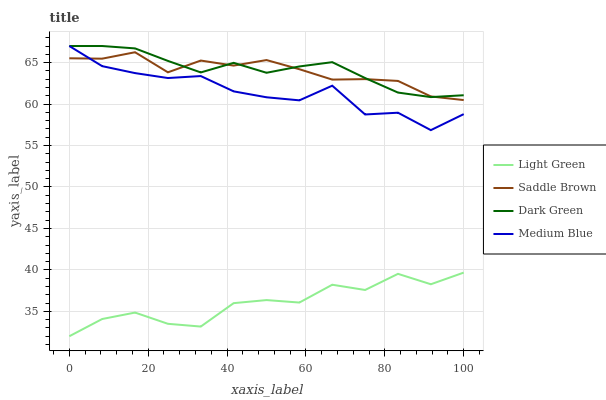
| xaxis_label | Light Green | Saddle Brown | Dark Green | Medium Blue |
 | --- | --- | --- | --- | --- |
 | 0 | 32 | 65.5 | 67 | 67 |
 | 8.33 | 34.1 | 65.5 | 67 | 64.6 |
 | 16.7 | 34.9 | 66.2 | 66.7 | 63.7 |
 | 25 | 33.5 | 63.8 | 65.2 | 63.1 |
 | 33.3 | 33.2 | 65.2 | 63.8 | 63.4 |
 | 41.7 | 36 | 64.6 | 65 | 61.5 |
 | 50 | 36.4 | 65.3 | 63.8 | 60.8 |
 | 58.3 | 36.1 | 64.2 | 64.5 | 60.4 |
 | 66.7 | 38.2 | 63 | 65.1 | 62.2 |
 | 75 | 37.6 | 63 | 63.1 | 58.7 |
 | 83.3 | 39.5 | 62.8 | 61.4 | 59 |
 | 91.7 | 38.3 | 60.9 | 60.8 | 56.9 |
 | 100 | 39.7 | 60.5 | 61.1 | 58.8 |